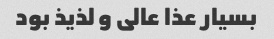
بسیار عذا عالى و لذیذ بود